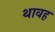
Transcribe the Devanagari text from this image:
थावह